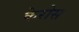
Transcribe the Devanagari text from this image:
केरोस